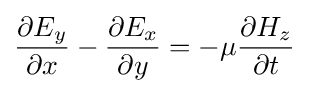
{\frac {\partial {E_{y}}}{\partial {x}}}-{\frac {\partial {E_{x}}}{\partial {y}}}=-\mu {\frac {\partial {H_{z}}}{\partial {t}}}